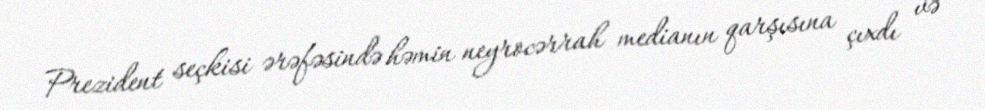
Prezident seçkisi ərəfəsində həmin neyrocərrah medianın qarşısına çıxdı və